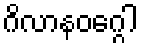
ဂိလာနဝဂ္ဂေါ